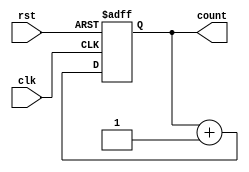
module IncrementalCounter (
    input wire clk,          // Increment Trigger (Clock)
    input wire rst,          // Asynchronous Reset Signal
    output reg [7:0] count   // Current Count Value (8-bit)
);

// Always block for counter logic
always @(posedge clk or posedge rst) begin
    if (rst) begin
        count <= 8'b0;      // Reset the counter to zero
    end else begin
        count <= count + 1; // Increment the counter
    end
end

endmodule